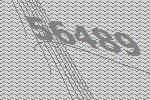
56489